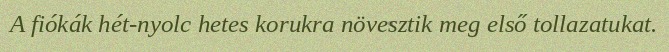
A fiókák hét-nyolc hetes korukra növesztik meg első tollazatukat.